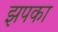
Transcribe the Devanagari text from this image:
झपका